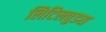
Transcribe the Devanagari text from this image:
लिटिलवुडस